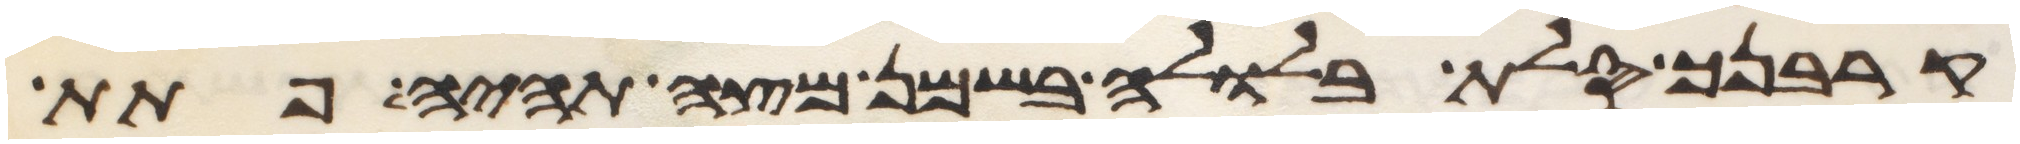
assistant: קרבנך סלת בלולה בשמן מצה תהיה פתת